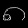
Digit: ၈